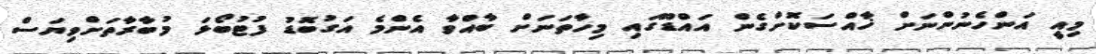
މިއީ އަންހެނުންނަށް ޚާއްސަކޮށްގެން އައްޑޫގައި މިހާތަނަށް ބާއްވާ އެންމެ އަގުބޮޑު ފުޓުބޯޅަ މުބާރާތަށްވިޔަސް